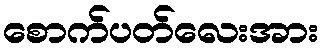
စောက်ပတ်လေးအား